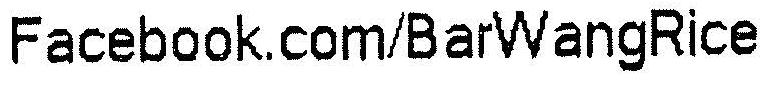
FACEBOOK.COM/BARWANGRICE